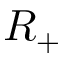
R _ { + }